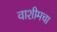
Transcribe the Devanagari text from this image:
वाशीमचा